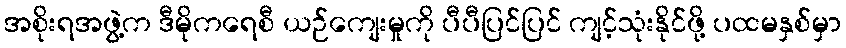
အစိုးရအဖွဲ့က ဒီမိုကရေစီ ယဉ်ကျေးမှုကို ပီပီပြင်ပြင် ကျင့်သုံးနိုင်ဖို့ ပထမနှစ်မှာ